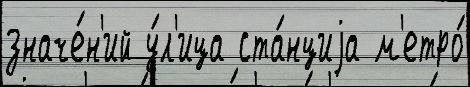
значе́н'ий у́л'ица ста́нциjа м'етро́